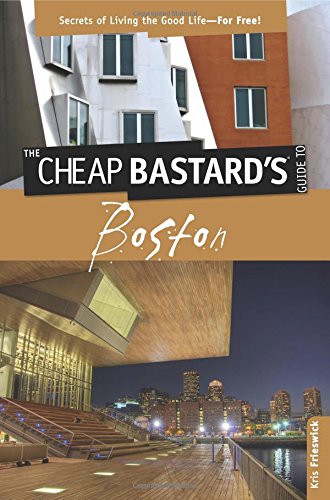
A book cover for Cheap Bastard's(TM) Guide to Boston: Secrets Of Living The Good Life--For Free!; Kris Frieswick; Travel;